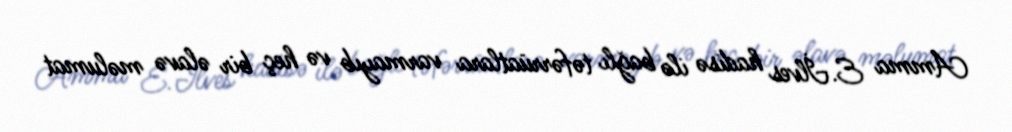
Amma E.İlves hadisə ilə bağlı təfərrüatlara varmayıb və heç bir əlavə məlumat